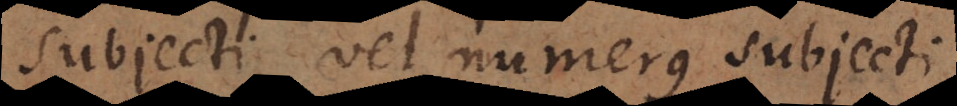
subjecti, vel numerus subjecti